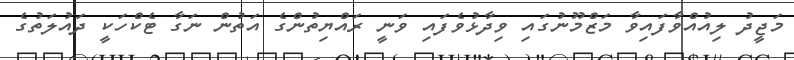
މަޖީދު ލިއުއްވާފައިވާ މަޒްމޫނުގައި ވިދާޅުވެފައި ވަނީ ރައްޔިތުންގެ އަތުން ނަގާ ޓެކްހަކީ ދައުލަތުގެ